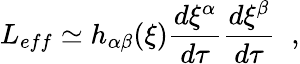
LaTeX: L_{eff}\simeq h_{\alpha\beta}(\xi)\frac{d\xi^{\alpha}}{d\tau}\frac{d\xi^{\beta}}{d\tau}\; \; ,